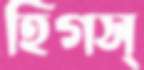
হিগস্